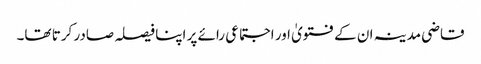
قاضی مدینہ ان کے فتویٰ اور اجتماعی رائے پر اپنا فیصلہ صادر کرتا تھا۔